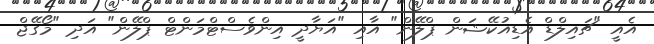
އެއީ "ޗައިލްޑް އެޑިއުކޭޝަން ޕްލޭން" އާއި "އަޔާދީ އިންވެސްޓްމަންޓް ޕްލޭން" އަދި "މޯގޭޖް